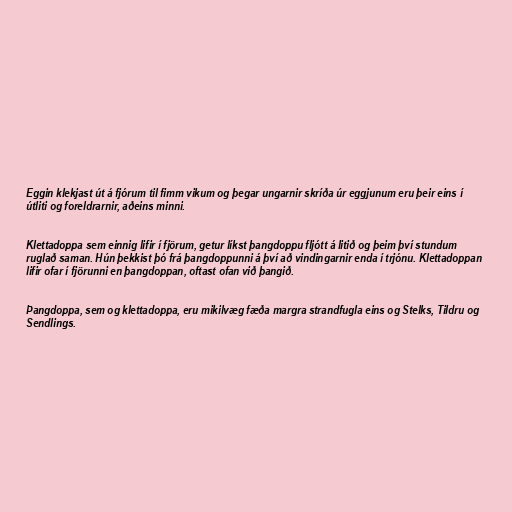
Eggin klekjast út á fjórum til fimm vikum og þegar ungarnir skríða úr eggjunum eru þeir eins í
útliti og foreldrarnir, aðeins minni.

Klettadoppa sem einnig lifir í fjörum, getur líkst þangdoppu fljótt á litið og þeim því stundum
ruglað saman. Hún þekkist þó frá þangdoppunni á því að vindingarnir enda í trjónu. Klettadoppan
lifir ofar í fjörunni en þangdoppan, oftast ofan við þangið.

Þangdoppa, sem og klettadoppa, eru mikilvæg fæða margra strandfugla eins og Stelks, Tildru og
Sendlings.